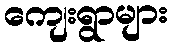
ကျေးရွာများ